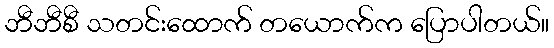
ဘီဘီစီ သတင်းထောက် တယောက်က ပြောပါတယ်။